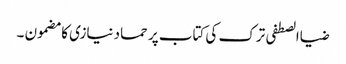
ضیاالصطفی ترک کی کتاب پر حماد نیازی کا مضمون ۔